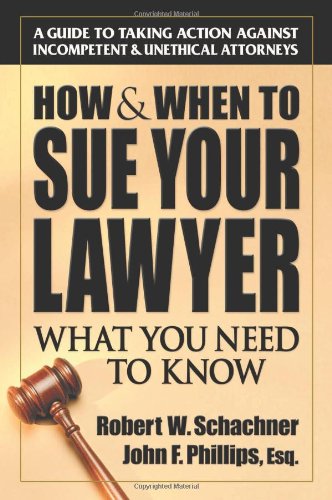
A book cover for How & When to Sue Your Lawyer: What You Need to Know; Robert W. Schachner; Law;